Indian journal of veterinary science and animal husbandry - Volume 4,
Year: 1934
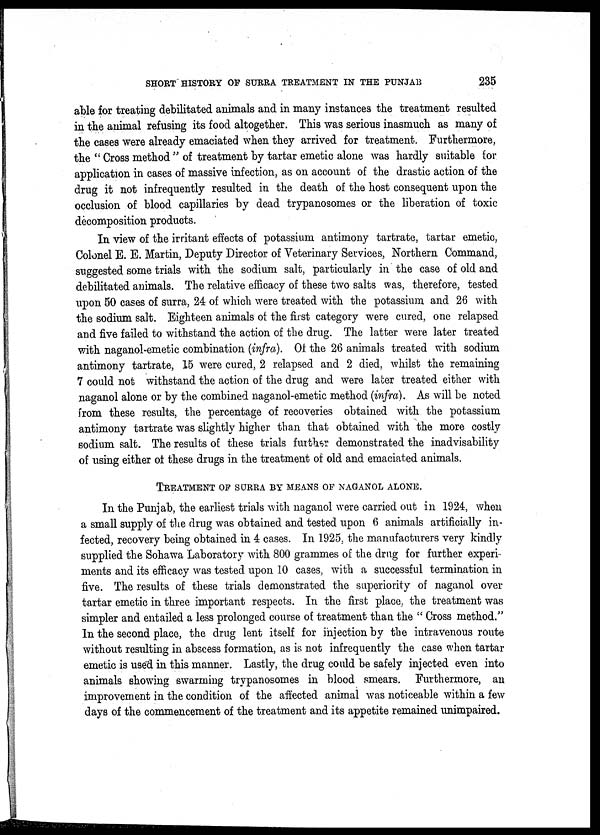
SHORT HISTORY OF SURRA TREATMENT IN THE PUNJAB
235
able for treating debilitated animals and in many instances the treatment resulted
in the animal refusing its food altogether. This was serious inasmuch as many of
the cases were already emaciated when they arrived for treatment. Furthermore,
the " Cross method " of treatment by tartar emetic alone was hardly suitable for
application in cases of massive infection, as on account of the drastic action of the
drug it not infrequently resulted in the death of the host consequent upon the
occlusion of blood capillaries by dead trypanosomes or the liberation of toxic
decomposition products.
In view of the irritant effects of potassium antimony tartrate, tartar emetic,
Colonel E. E. Martin, Deputy Director of Veterinary Services, Northern Command,
suggested some trials with the sodium salt, particularly in the case of old and
debilitated animals. The relative efficacy of these two salts was, therefore, tested
upon 50 cases of surra, 24 of which were treated with the potassium and 26 with
the sodium salt. Eighteen animals of the first category were cured, one relapsed
and five failed to withstand the action of the drug. The latter were later treated
with naganol-emetic combination (infra). Of the 26 animals treated with sodium
antimony tartrate, 15 were cured, 2 relapsed and 2 died, whilst the remaining
7 could not withstand the action of the drug and were later treated either with
naganol alone or by the combined naganol-emetic method (infra). As will be noted
from these results, the percentage of recoveries obtained with the potassium
antimony tartrate was slightly higher than that obtained with the more costly
sodium salt. The results of these trials further demonstrated the inadvisability
of using either of these drugs in the treatment of old and emaciated animals.
TREATMENT OF SURRA BY MEANS OF NAGANOL ALONE.
In the Punjab, the earliest trials with naganol were carried out in 1924, when
a small supply of the drug was obtained and tested upon 6 animals artificially in-
fected, recovery being obtained in 4 cases. In 1925, the manufacturers very kindly
supplied the Sohawa Laboratory with 800 grammes of the drug for further experi
ments and its efficacy was tested upon 10 cases, with a successful termination in
five. The results of these trials demonstrated the superiority of naganol over
tartar emetic in three important respects. In the first place, the treatment was
simpler and entailed a less prolonged course of treatment than the " Cross method."
In the second place, the drug lent itself for injection by the intravenous route
without resulting in abscess formation, as is not infrequently the case when tartar
emetic is used in this manner. Lastly, the drug could be safely injected even into
animals showing swarming trypanosomes in blood smears. Furthermore, an
improvement in the condition of the affected animal was noticeable within a few
days of the commencement of the treatment and its appetite remained unimpaired.